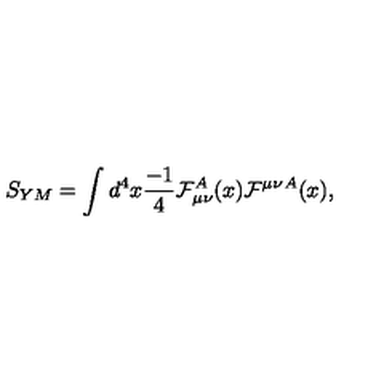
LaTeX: S _ { Y M } = \int d ^ { 4 } x { \frac { - 1 } { 4 } } { \cal F } _ { \mu \nu } ^ { A } ( x ) { \cal F } ^ { \mu \nu } { } ^ { A } ( x ) ,